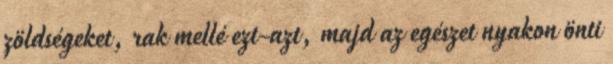
zöldségeket, rak mellé ezt-azt, majd az egészet nyakon önti